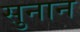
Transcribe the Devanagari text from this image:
सुनान